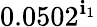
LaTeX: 0.0502^{\mathbf{i}_{1}}